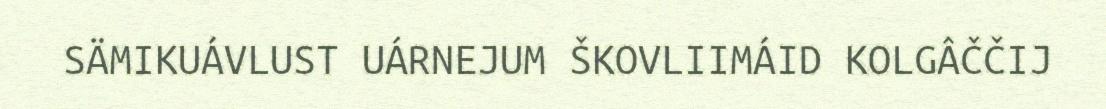
SÄMIKUÁVLUST UÁRNEJUM ŠKOVLIIMÁID KOLGÂČČIJ